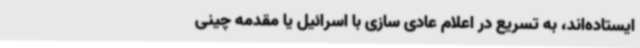
ایستاده‌اند، به تسریع در اعلام عادی سازی با اسرائیل یا مقدمه چینی